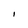
Character: I